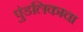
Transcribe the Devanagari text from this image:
पुंडलिकाचा